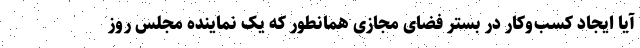
آیا ایجاد کسب‌وکار در بستر فضای مجازی همانطور که یک نماینده مجلس روز